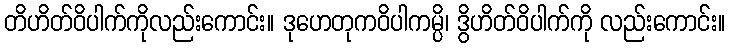
တိဟိတ်ဝိပါက်ကိုလည်းကောင်း။ ဒုဟေတုကဝိပါကမ္ပိ၊ ဒွိဟိတ်ဝိပါက်ကို လည်းကောင်း။